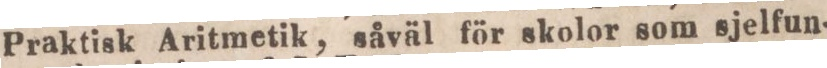
Praktisk Aritmetik, såväl för skolor som sjelfun-